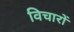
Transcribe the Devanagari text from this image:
विचारों